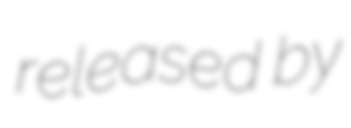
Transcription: released by